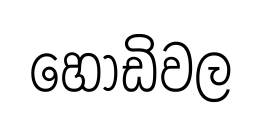
හෝඩිවල